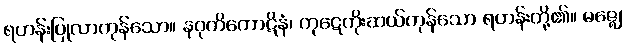
ရဟန်းပြုလာကုန်သော။ နဝုတိကောဋိနံ၊ ကုဋေကိုးဆယ်ကုန်သော ရဟန်းတို့၏။ မဇ္ဈေ၊